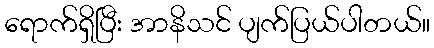
ရောက်ရှိပြီး အာနိသင် ပျက်ပြယ်ပါတယ်။